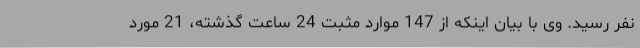
نفر رسید. وی با بیان اینکه از 147 موارد مثبت 24 ساعت گذشته، 21 مورد